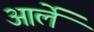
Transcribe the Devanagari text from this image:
आर्ले